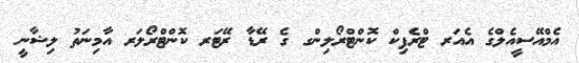
އެމްއޭސީއެލްގެ އެއަރ ޓްރެފިކް ކޮންޓްރޯލިންގ ގެ ރޭޑާ ރޭޓަރ ކޮންޓްރޯލަރ އާމިނަތު ލިޝާނީ